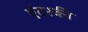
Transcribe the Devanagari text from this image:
एंटरकी